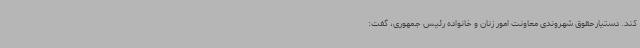
کند. دستیارحقوق شهروندی معاونت امور زنان و خانواده رئیس جمهوری، گفت: